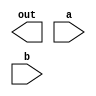
module nand2( out, a, b);
  output out;
  input a, b;
endmodule

module nand3( out, a,b,c);
  output out;
  input a,b,c;
endmodule


module ao222(out, a,b,c);
  output out;
  input a,b,c;
  wire a_nand_b, a_nand_c, b_nand_c;
  nand2 nand_0(a_namd_b, a, b );
  nand2 nand_1(a_namd_c, a, c );
  nand2 nand_2(b_namd_c, b, c );
  nand3 nand_3(out, a_nand_b,a_nand_c, b_nand_c);
endmodule